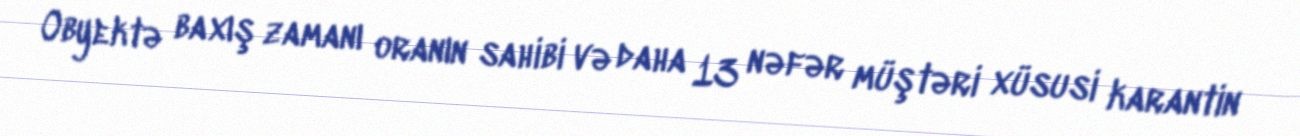
Obyektə baxış zamanı oranın sahibi və daha 13 nəfər müştəri xüsusi karantin